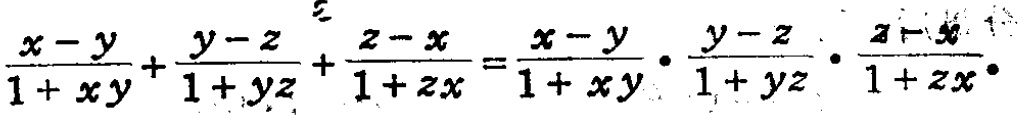
\frac{x - y}{1 + xy}+\frac{y - z}{1 + yz}+\frac{z - x}{1 + zx}=\frac{x - y}{1 + xy}\cdot\frac{y - z}{1 + yz}\cdot\frac{z - x}{1 + zx}